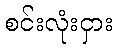
စင်းလုံးငှား